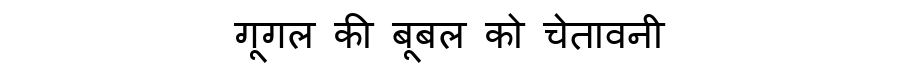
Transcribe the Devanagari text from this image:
गूगल की बूबल को चेतावनी